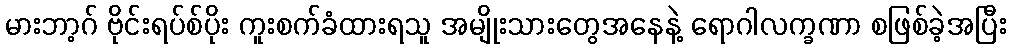
မားဘာ့ဂ် ဗိုင်းရပ်စ်ပိုး ကူးစက်ခံထားရသူ အမျိုးသားတွေအနေနဲ့ ရောဂါလက္ခဏာ စဖြစ်ခဲ့အပြီး